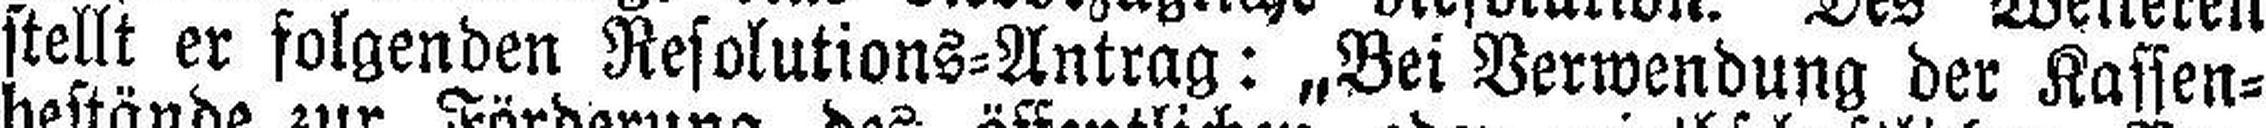
stellt er folgenden Resolutions=Antrag: „Bei Verwendung der Kassen¬